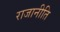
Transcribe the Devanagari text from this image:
राजानीति